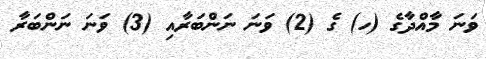
ވަނަ މާއްދާގެ (ހ) ގެ (2) ވަނަ ނަންބަރާއި (3) ވަނަ ނަންބަރާ